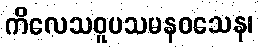
ကိလေသဝူပသမနဝသေန၊